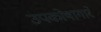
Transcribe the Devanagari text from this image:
उपकोषागारे